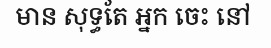
មាន សុទ្ធតែ អ្នក ចេះ នៅ